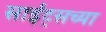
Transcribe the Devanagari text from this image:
साईट्सच्या